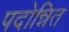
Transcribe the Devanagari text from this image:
पदोन्नित